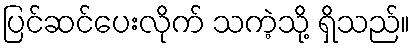
ပြင်ဆင်ပေးလိုက် သကဲ့သို့ ရှိသည်။